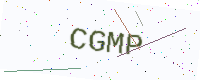
Text: CGMP